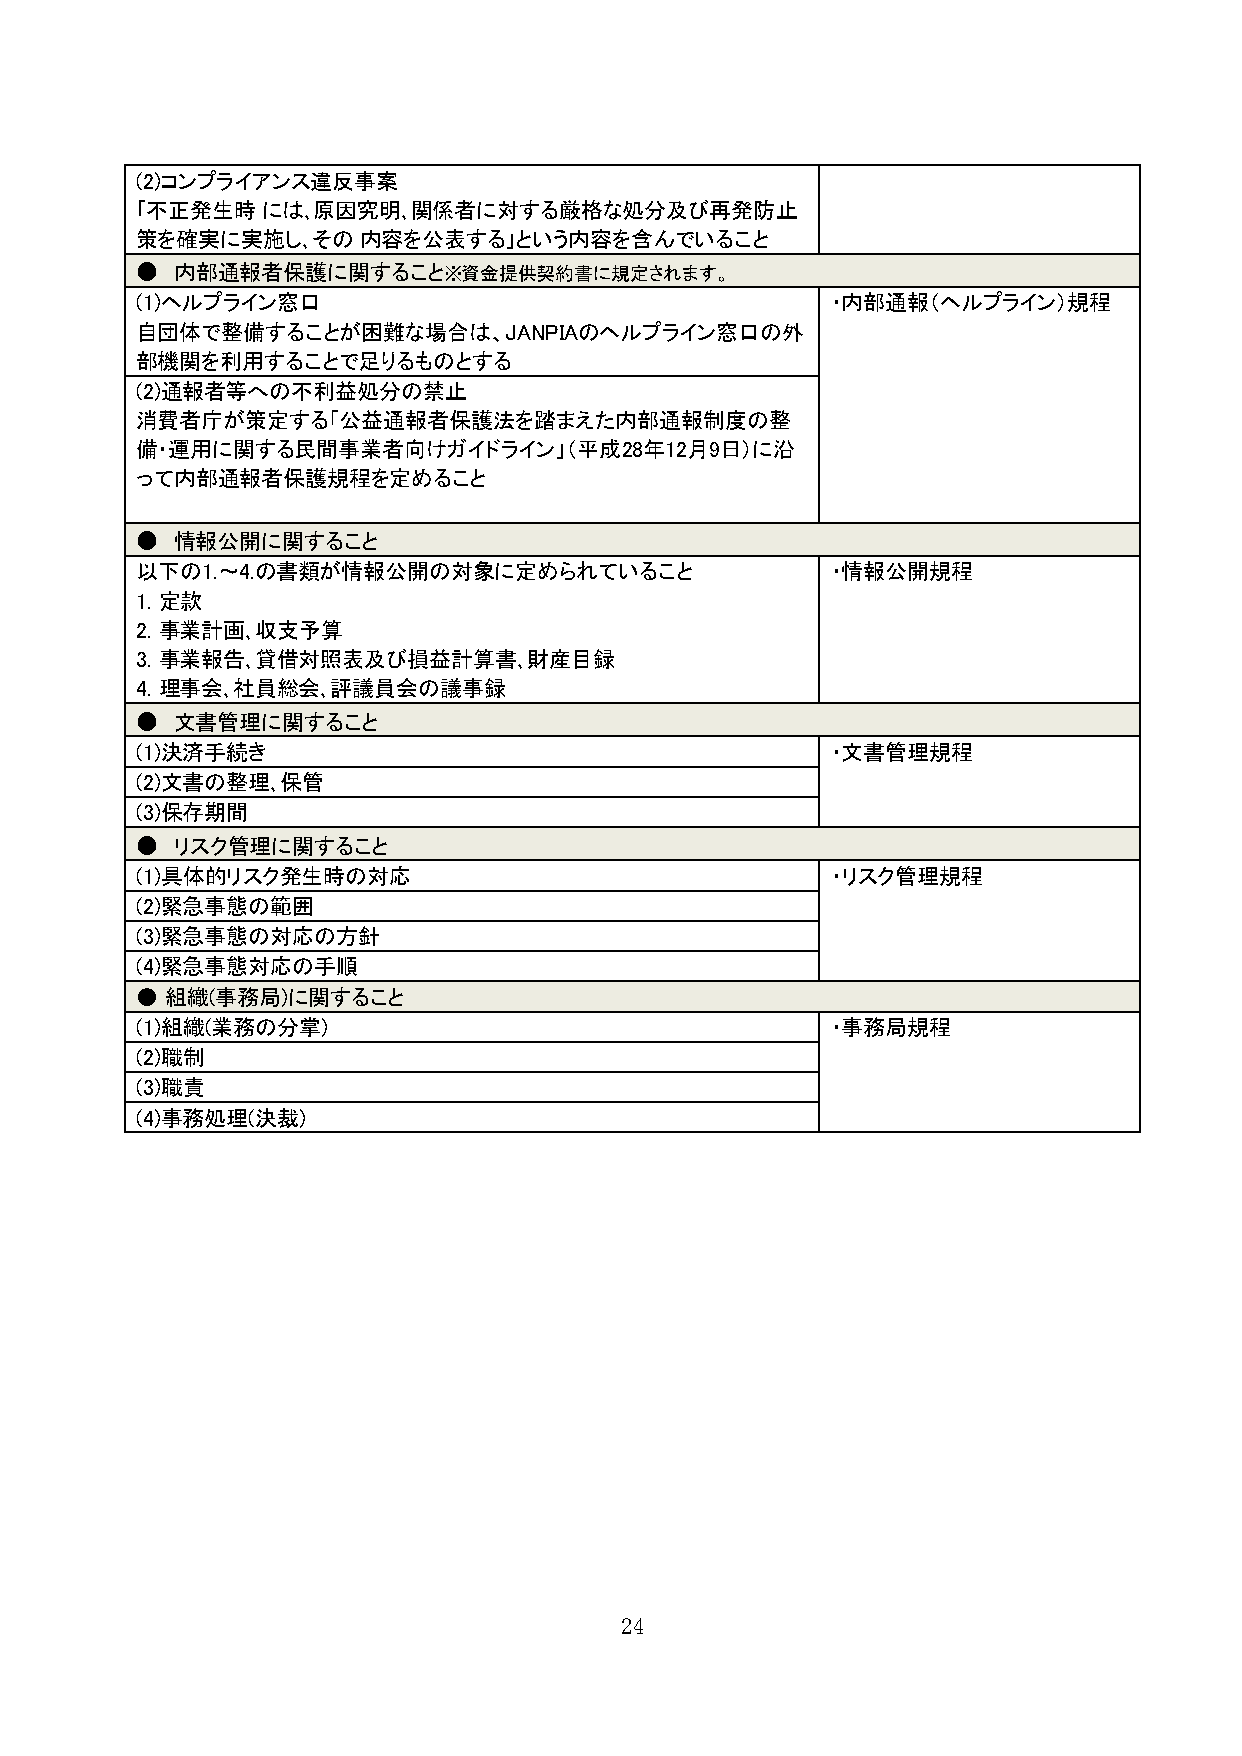
(2)コンプライアンス違反事案
 ｢不正発生時  には､原因究明､関係者に対する厳格な処分及び再発防止
 策を確実に実施し､その    内容を公表する｣という内容を含んでいること
 ●  内部通報者保護に関すること※資金提供契約書に規定されます。
 (1)ヘルプライン窓口                                   ・内部通報（ヘルプライン）規程
 自団体で整備することが困難な場合は、JANPIAのヘルプライン窓口の外
 部機関を利用することで足りるものとする
 (2)通報者等への不利益処分の禁止
 消費者庁が策定する「公益通報者保護法を踏まえた内部通報制度の整
 備・運用に関する民間事業者向けガイドライン」（平成28年12月9日）に沿
 って内部通報者保護規程を定めること
 ●  情報公開に関すること
 以下の1.～4.の書類が情報公開の対象に定められていること                 ・情報公開規程
 1. 定款
 2. 事業計画､収支予算
 3. 事業報告､貸借対照表及び損益計算書､財産目録
 4. 理事会､社員総会､評議員会の議事録
 ●  文書管理に関すること
 (1)決済手続き                                      ・文書管理規程
 (2)文書の整理､保管
 (3)保存期間
 ●  リスク管理に関すること
 (1)具体的リスク発生時の対応                               ・リスク管理規程
 (2)緊急事態の範囲
 (3)緊急事態の対応の方針
 (4)緊急事態対応の手順
 ● 組織(事務局)に関すること
 (1)組織(業務の分掌)                                  ・事務局規程
 (2)職制
 (3)職責
 (4)事務処理(決裁)
 24